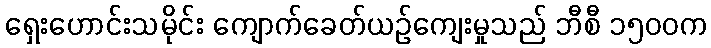
ရှေးဟောင်းသမိုင်း ကျောက်ခေတ်ယဉ်ကျေးမှုသည် ဘီစီ ၁၅၀၀က